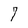
Character: 7